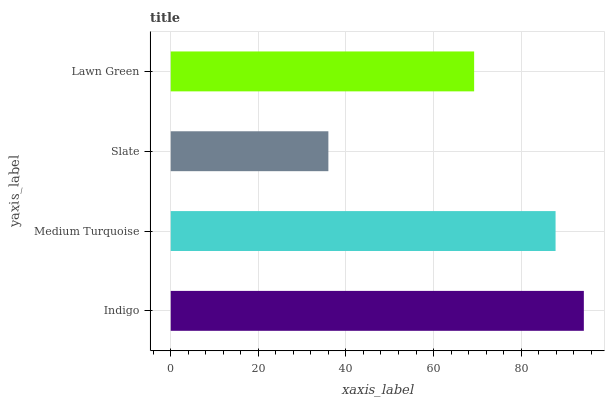
| yaxis_label | bars |
 | --- | --- |
 | Indigo | 94.3 |
 | Medium Turquoise | 87.9 |
 | Slate | 36 |
 | Lawn Green | 69.3 |